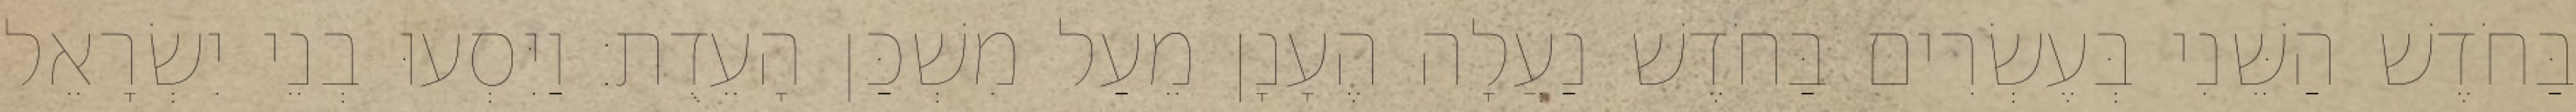
בַּחֹדֶשׁ הַשֵּׁנִי בְּעֶשְׂרִים בַּחֹדֶשׁ נַעֲלָה הֶעָנָן מֵעַל מִשְׁכַּן הָעֵדֻת׃ וַיִּסְעוּ בְנֵי יִשְׂרָאֵל